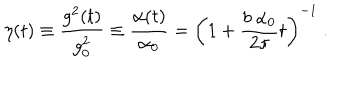
\eta ( t ) \equiv { \frac { g ^ { 2 } ( t ) } { g _ { 0 } ^ { 2 } } } \equiv { \frac { \alpha ( t ) } { \alpha _ { 0 } } } = \left( 1 + { \frac { b ~ \alpha _ { 0 } } { 2 \pi } } t \right) ^ { - 1 } ~ .